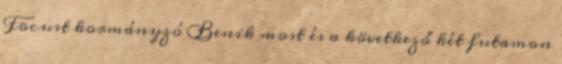
Focust kormányzó Benik most és a következő két futamon